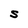
Character: S